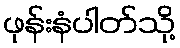
ဖုန်းနံပါတ်သို့